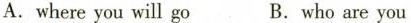
A.where you will go B.who are you